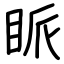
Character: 眽